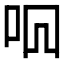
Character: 𫩦